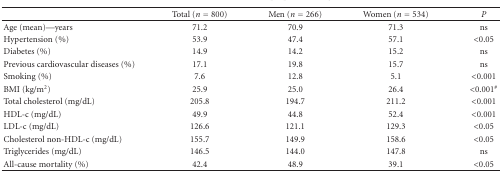
|  | Total (n = 800) | Men (n = 266) | Women (n = 534) | P |
 | --- | --- | --- | --- | --- |
 | Age (mean)—years | 71.2 | 70.9 | 71.3 | ns |
 | Hypertension (%) | 53.9 | 47.4 | 57.1 | <0.05 |
 | Diabetes (%) | 14.9 | 14.2 | 15.2 | ns |
 | Previous cardiovascular diseases (%) | 17.1 | 19.8 | 15.7 | ns |
 | Smoking (%) | 7.6 | 12.8 | 5.1 | <0.001 |
 | BMI (kg/m2) | 25.9 | 25.0 | 26.4 | <0.001# |
 | Total cholesterol (mg/dL) | 205.8 | 194.7 | 211.2 | <0.001 |
 | HDL-c (mg/dL) | 49.9 | 44.8 | 52.4 | <0.001 |
 | LDL-c (mg/dL) | 126.6 | 121.1 | 129.3 | <0.05 |
 | Cholesterol non-HDL-c (mg/dL) | 155.7 | 149.9 | 158.6 | <0.05 |
 | Triglycerides (mg/dL) | 146.5 | 144.0 | 147.8 | ns |
 | All-cause mortality (%) | 42.4 | 48.9 | 39.1 | <0.05 |